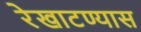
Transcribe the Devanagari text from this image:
रेखाटण्यास